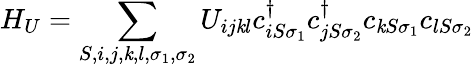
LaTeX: H_{U}=\sum_{S,i,j,\mathit{k},l,\sigma_{1},\sigma_{2}}U_{ij\mathit{k}l}c_{iS\sigma_{1}}^{\dagger}c_{jS\sigma_{2}}^{\dagger}c_{\mathit{k}S\sigma_{1}}c_{lS\sigma_{2}}